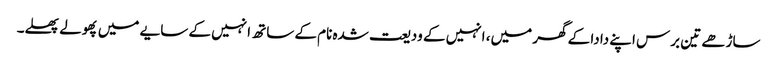
ساڑھے تین برس اپنے دادا کے گھر میں، انہیں کے ودیعت شدہ نام کے ساتھ انہیں کے سایے میں پھولے پھلے۔